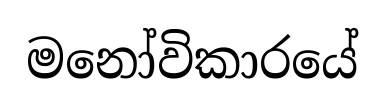
මනෝවිකාරයේ